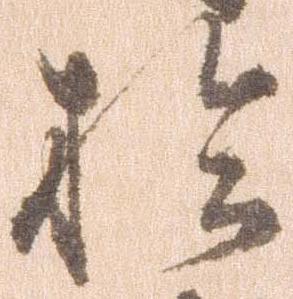
於